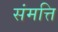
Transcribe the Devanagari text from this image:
संमत्ति